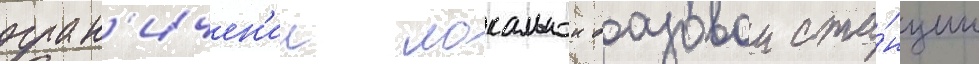
огран'ичен'ии локальнои базовои ста́нции